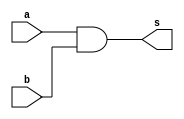
module and_1_bit (
    input wire a,
    input wire b,
    output wire s
);

    assign s = a & b;
    
endmodule